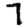
Digit: 7